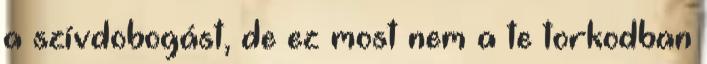
a szívdobogást, de ez most nem a te torkodban